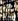
إنه